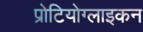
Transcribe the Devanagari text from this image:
प्रोटियोग्लाइकन